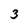
Character: 3